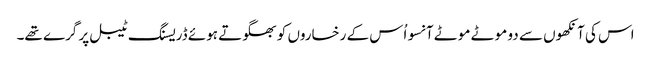
اس کی آنکھوں سے دو موٹے موٹے آنسو اُس کے رخساروں کو بھگوتے ہوئے ڈریسنگ ٹیبل پر گرے تھے۔